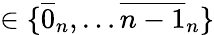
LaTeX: \in\{ {\overline{{0}}_{n}},\dots{\overline{{n-1}}_{n}}\}